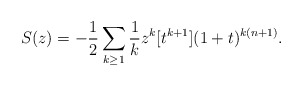
\begin{align*}S(z) =-\frac12\sum_{k\ge1}\frac1kz^k[t^{k+1}](1+t)^{k(n+1)}.\end{align*}